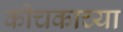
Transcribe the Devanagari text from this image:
कीचकाच्या